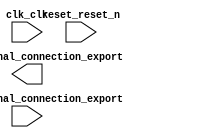

module Lab1_sys (
	clk_clk,
	pio_0_external_connection_export,
	pio_1_external_connection_export,
	reset_reset_n);	

	input		clk_clk;
	output	[7:0]	pio_0_external_connection_export;
	input	[3:0]	pio_1_external_connection_export;
	input		reset_reset_n;
endmodule